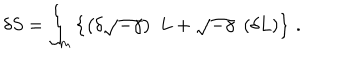
\delta S = \int _ { m } \left\{ \left( \delta \sqrt { - \gamma } \right) \; L + \sqrt { - \gamma } \; \left( \delta L \right) \right\} \, .